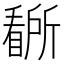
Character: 𭿡